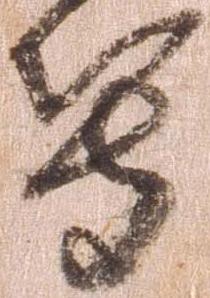
等